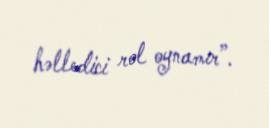
həlledici rol oynamır”.